Annual administration and progress report of the Indian Medical Department, Bombay
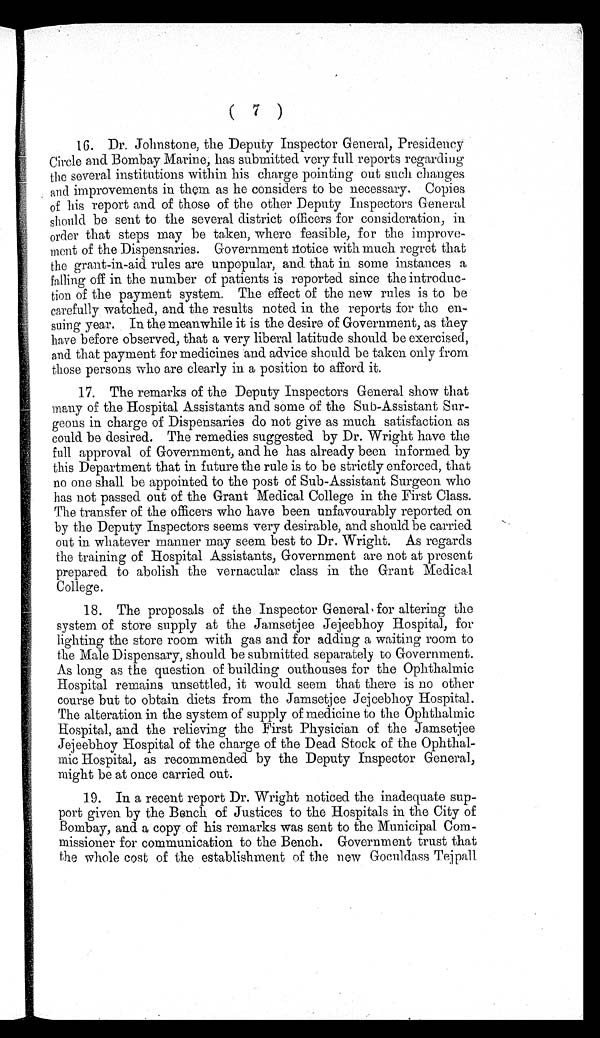
16. Dr. Johnstone, the Deputy Inspector General, Presidency
Circle and Bombay Marine, has submitted very full reports regarding
the several institutions within his charge pointing out such changes
and improvements in them as he considers to be necessary. Copies
of his report and of those of the other Deputy Inspectors General
should be sent to the several district officers for consideration, in
order that steps may be taken, where feasible, for the improve
-ment of the Dispensaries. Government n otice with much regret that
the grant-in-aid rules are unpopular, and that in some instances a
falling off in the number of patients is reported since the introduc
-tion of the payment system. The effect of the new rules is to be
carefully watched, and the results noted in the reports for the en
-suing year. In the meanwhile it is the desire of Government, as they
have before observed, that a very liberal latitude should be exercised,
and that payment for medicines and advice should be taken only from
those persons who are clearly in a position to afford it.
17. The remarks of the Deputy Inspectors General show that
many of the Hospital Assistants and some of the Sub-Assistant Sur
-geons in charge of Dispensaries do not give as much satisfaction as
could be desired. The remedies suggested by Dr. Wright have the
full approval of Government, and he has already been informed by
this Department that in future the rule is to be strictly enforced, that
no one shall be appointed to the post of Sub-Assistant Surgeon who
has not passed out of the Grant Medical College in the First Class.
The transfer of the officers who have been unfavourably reported on
by the Deputy Inspectors seems very desirable, and should be carried
out in whatever manner may seem best to Dr. Wright. As regards
the training of Hospital Assistants, Government are not at present
prepared to abolish the vernacular class in the Grant Medical
College.
18. The proposals of the Inspector General for altering the
system of store supply at the Jamsetjee Jejeebhoy Hospital, for
lighting the store room with gas and for adding a waiting room to
the Male Dispensary, should be submitted separately to Government.
As long as the question of building outhouses for the Ophthalmic
Hospital remains unsettled, it would seem that there is no other
course but to obtain diets from the Jamsetjee Jejeebhoy Hospital.
The alteration in the system of supply of medicine to the Ophthalmic
Hospital, and the relieving the First Physician of the Jamsetjee
Jejeebhoy Hospital of the charge of the Dead Stock of the Ophthal
- m i c H o s p i t a l , a s r e c o m m e n d e d b y t h e D e p u t y I n s p e c t o r G e n e r a l ,
might be at once carried out.
19. In a recent report Dr. Wright noticed the inadequate sup
-port given by the Bench of Justices to the Hospitals in the City of
Bombay, and. a copy of his remarks was sent to the Municipal Com
-missioner for communication to the Bench. Government trust that
the whole cost of the establishment of the new Goculdass Tejpall